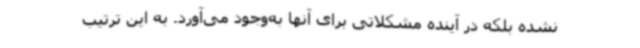
نشده بلکه در آینده مشکلاتی برای آنها به‌وجود می‌آورد. به این ترتیب